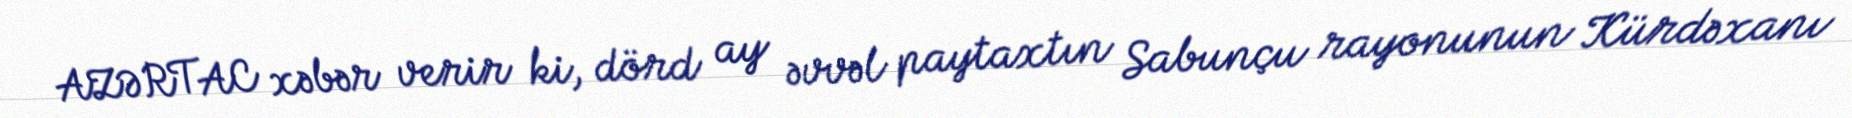
AZƏRTAC xəbər verir ki, dörd ay əvvəl paytaxtın Sabunçu rayonunun Kürdəxanı